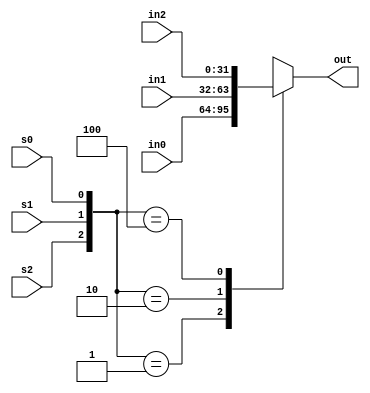
module Mmux3d (out, in0, s0, in1, s1, in2, s2);
parameter bits = 32;	
output [bits-1:0] out;
input [bits-1:0] in0, in1, in2;
input s0, s1, s2;
	reg [bits-1:0] out;
	always @ (s0 or s1 or s2 or in0 or in1 or in2) begin
		case ({s2, s1, s0})	
			3'b001:		out = in0;
			3'b010:		out = in1;
			3'b100:		out = in2;
			default:	out = 65'hx;
		endcase
	end
endmodule